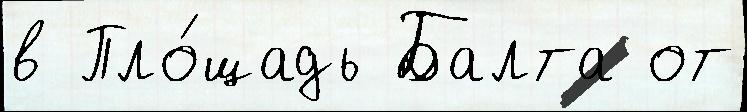
в Пло́щадь Балта от